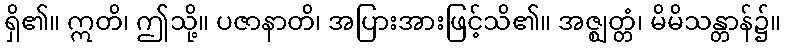
ရှိ၏။ ဣတိ၊ ဤသို့။ ပဇာနာတိ၊ အပြားအားဖြင့်သိ၏။ အဇ္ဈတ္တံ၊ မိမိသန္တာန်၌။